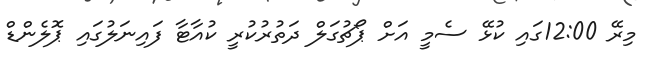
މިރޭ 12:00ގައި ކުޅޭ ސެމީ އަށް ޕޯޗުގަލް ދަތުރުކުރީ ކުއާޓާ ފައިނަލުގައި ޕޮލެންޑް